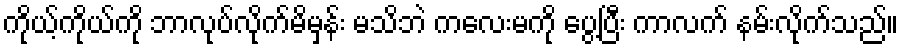
ကိုယ့်ကိုယ်ကို ဘာလုပ်လိုက်မိမှန်း မသိဘဲ ကလေးမကို ပွေ့ပြီး ကာလက် နမ်းလိုက်သည်။